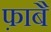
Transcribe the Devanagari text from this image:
फ़ाबै